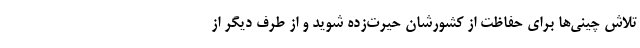
تلاش چینی‌ها برای حفاظت از کشورشان حیرت‌زده شوید و از طرف دیگر از